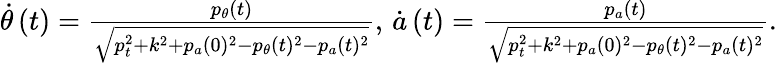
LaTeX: \begin{array}{r}{\dot{\theta}\left(t\right)=\frac{p_{\theta}\left(t\right)}{\sqrt{p_{t}^{2}+k^{2}+p_{a}(0)^{2}-p_{\theta}(t)^{2}-p_{a}(t)^{2}}},\, \dot{a}\left(t\right)=\frac{p_{a}\left(t\right)}{\sqrt{p_{t}^{2}+k^{2}+p_{a}(0)^{2}-p_{\theta}(t)^{2}-p_{a}(t)^{2}}}.}\end{array}